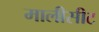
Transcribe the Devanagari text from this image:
मालीसीट